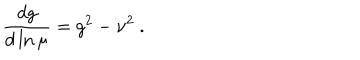
{ \frac { d g } { d \ln \mu } } = g ^ { 2 } - \nu ^ { 2 } ~ .